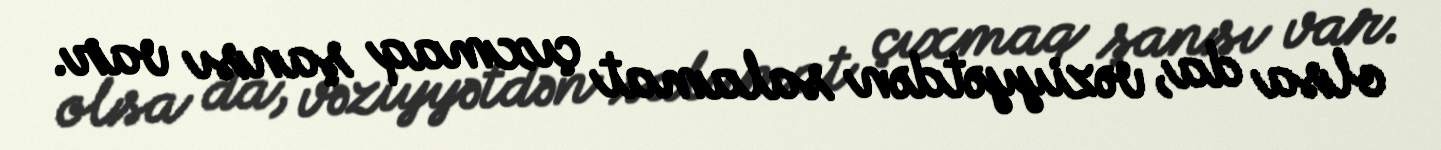
olsa da, vəziyyətdən salamat çıxmaq şansı var.